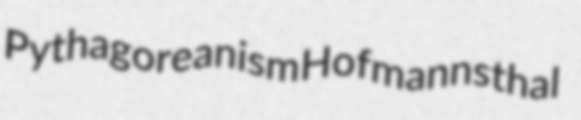
Pythagoreanism Hofmannsthal